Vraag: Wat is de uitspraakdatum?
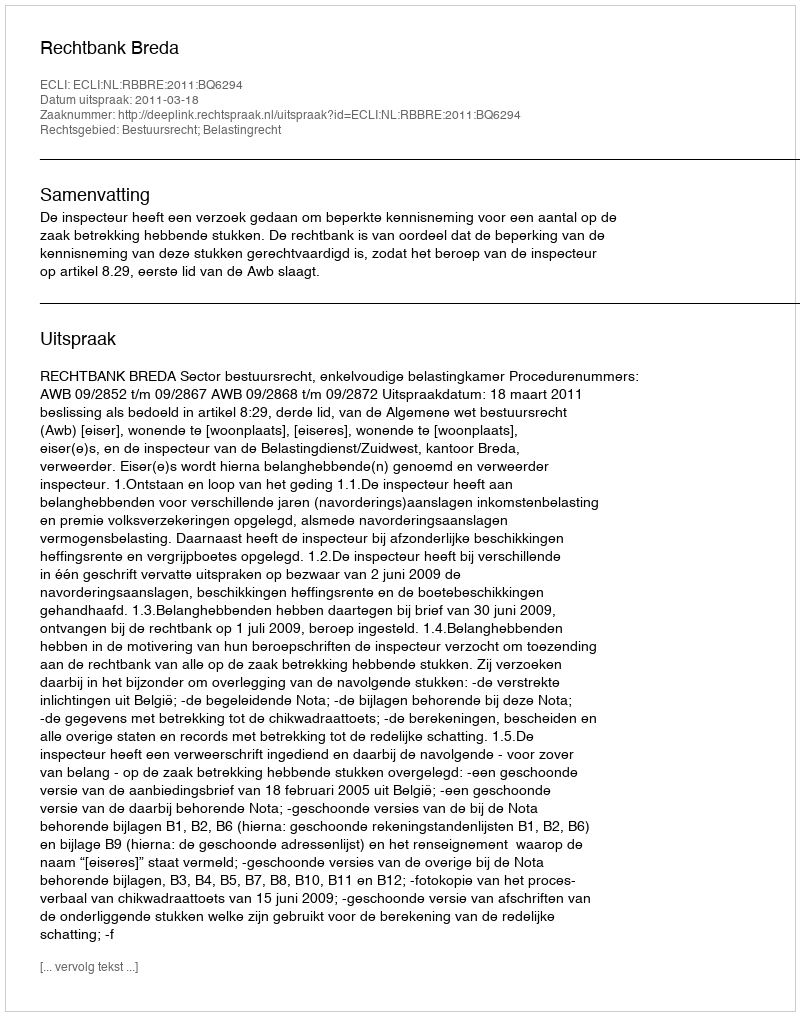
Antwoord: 2011-03-18